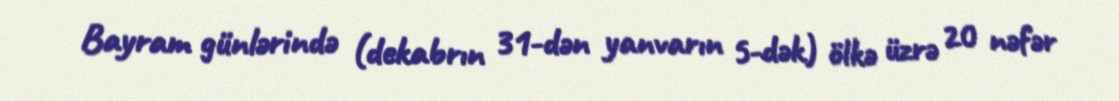
Bayram günlərində (dekabrın 31-dən yanvarın 5-dək) ölkə üzrə 20 nəfər